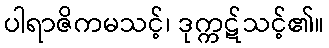
ပါရာဇိကမသင့်၊ ဒုက္ကဋ်သင့်၏။